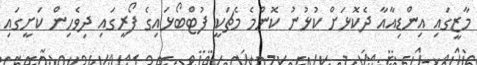
މާޒީގައި އިންޑިއާއާ ދެކޮޅަށް ކުޅުނު ކޮންމެ މެޗަކީ ފުޓްބޯޅައިގެ ފޯރީގައި ދިވެހިން ކަށީގައި